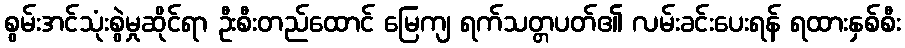
စွမ်းအင်သုံးစွဲမှုဆိုင်ရာ ဦးစီးတည်ထောင် မြေကျ ရက်သတ္တပတ်၏ လမ်းခင်းပေးရန် ရထားနှစ်စီး